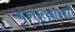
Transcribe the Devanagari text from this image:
येणार्‍याला